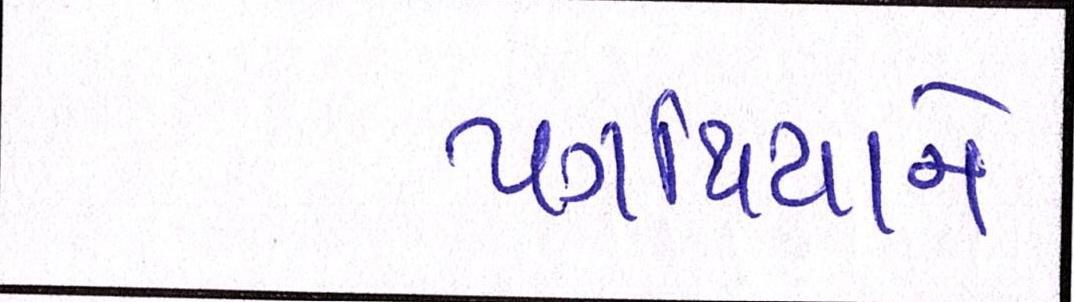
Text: પગથિયાને